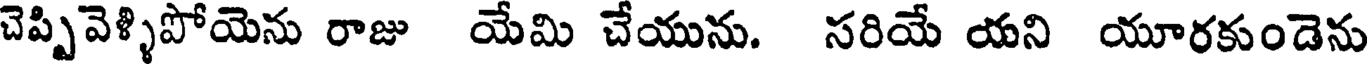
చెప్పివెళ్ళిపోయెను రాజు యేమి చేయును. సరియే యని యూరకుండెను